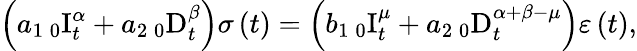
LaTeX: \left(a_{1}\, _{0}\mathrm{I}_{t}^{\alpha}+a_{2}\, _{0}\mathrm{D}_{t}^{\beta}\right)\sigma\left(t\right)=\left(b_{1}\, _{0}\mathrm{I}_{t}^{\mu}+a_{2}\, _{0}\mathrm{D}_{t}^{\alpha+\beta-\mu}\right)\varepsilon\left(t\right),